Indian journal of veterinary science and animal husbandry - Volumes 24-25, 1954-1955
Year: 1954
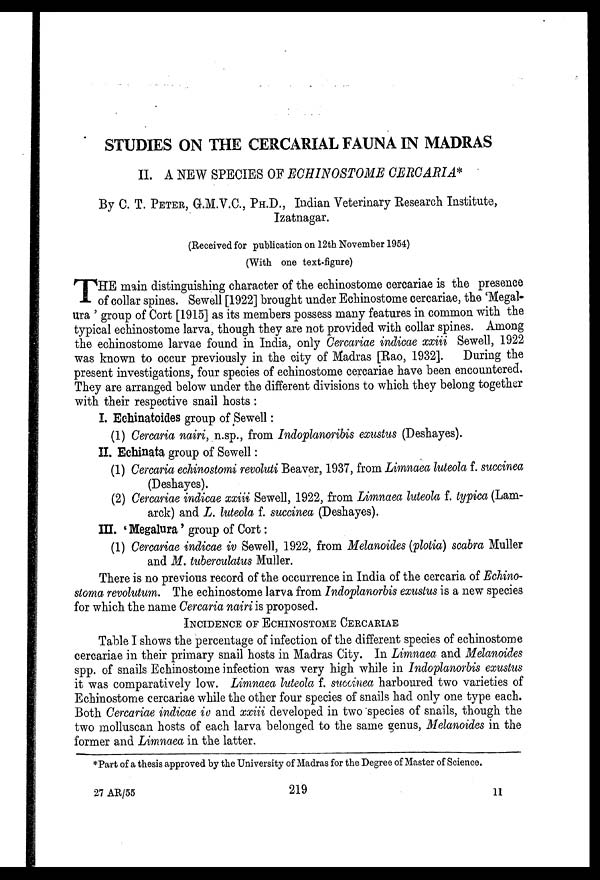
STUDIES ON THE CERCARIAL FAUNA IN MADRAS
II. A NEW SPECIES OF ECHINOSTOME CERCARIA*
By C. T. PETER, G.M.V.C., PH.D., Indian Veterinary Research Institute,
Izatnagar.
(Received for publication on 12th November 1954)
(With one text-figure)
T HE main distinguishing character of the echinostome cercariae is the presence
of collar spines. Sewell [1922] brought under Echinostome cercariae, the 'Megal-
ura' group of Cort [1915] as its members possess many features in common with the
typical echinostome larva, though they are not provided with collar spines. Among
the echinostome larvae found in India, only Cercariae indicae xxiii Sewell, 1922
was known to occur previously in the city of Madras [Rao, 1932]. During the
present investigations, four species of echinostome cercariae have been encountered.
They are arranged below under the different divisions to which they belong together
with their respective snail hosts:
I. Echinatoides group of Sewell:
(1) Cercaria nairi, n.sp., from Indoplanoribis exustus (Deshayes).
II. Eehinata group of Sewell:
(1) Cercaria echinostomi revoluti Beaver, 1937, from Limnaea luteola f. succinea
(Deshayes).
(2) Cercariae indicae xxiii Sewell, 1922, from Limnaea luteola f. typica (Lam-
arck) and L. luteola f. succinea (Deshayes).
III. 'Megalura' group of Cort:
(1) Cercariae indicae iv Sewell, 1922, from Melanoides (plotia) scabra Muller
and M. tuberculatus Muller.
There is no previous record of the occurrence in India of the cercaria of Echino-
stoma revolutum. The echinostome larva from Indoplanorbis exustus is a new species
for which the name Cercaria nairi is proposed.
INCIDENCE OF ECHINOSTOME CERCARIAE Table I shows the percentage of inf
cercariae in their primary snail hosts in Madras City. In Limnaea and Melanoides
spp. of snails Echinostome infection was very high while in Indoplanorbis exustus
it was comparatively low. Limnaea luteola f. succinea harboured two varieties of
Echinostome cercariae while the other four species of snails had only one type each.
Both Cercariae indicae iv and xxiii developed in two species of snails, though the
two molluscan hosts of each larva belonged to the same genus, Melanoides in the
former and Limnaea in the latter.
*Part of a thesis approved by the University of Madras for the Degree of Master of Science.
27 AR/55
219
11